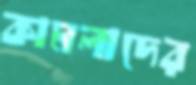
কামলাদের